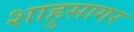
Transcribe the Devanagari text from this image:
शाहुसागर